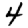
Digit: 4